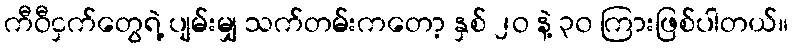
ကီဝီငှက်တွေရဲ့ ပျမ်းမျှ သက်တမ်းကတော့ နှစ် ၂ဝ နဲ့ ၃၀ ကြားဖြစ်ပါတယ်။